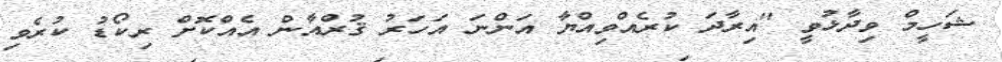
ޝަހީމް ވިދާޅުވީ "އިރާދަ ކުރެއްވިއްޔާ އަންނަ އަހަރު ޤުރްއާން އެއްކޮށް ރިކޯޑު ކުރެވި